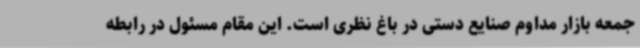
جمعه بازار مداوم صنایع دستی در باغ نظری است. این مقام مسئول در رابطه